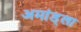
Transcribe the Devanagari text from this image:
अमांड्ला